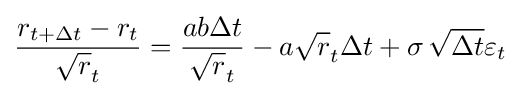
{\frac {r_{t+\Delta t}-r_{t}}{{\sqrt {r}}_{t}}}={\frac {ab\Delta t}{{\sqrt {r}}_{t}}}-a{\sqrt {r}}_{t}\Delta t+\sigma \,{\sqrt {\Delta t}}\varepsilon _{t}